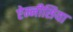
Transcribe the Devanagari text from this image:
ऐम्नीसिया